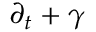
\partial _ { t } + \gamma